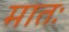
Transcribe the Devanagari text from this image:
मातः